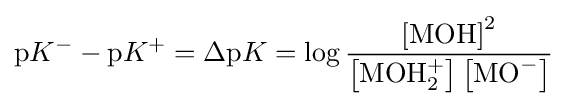
\mathrm {p} K^{-}-\mathrm {p} K^{+}=\Delta \mathrm {p} K=\log {\frac {\left[\mathrm {MOH} \right]^{2}}{\left[\mathrm {MOH} {_{2}^{+}}\right]\left[\mathrm {MO} ^{-}\right]}}